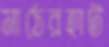
মাঠেরহাট